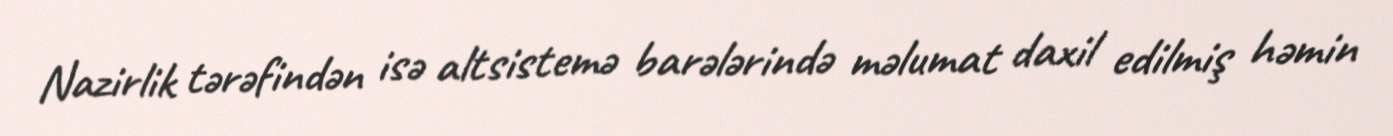
Nazirlik tərəfindən isə altsistemə barələrində məlumat daxil edilmiş həmin